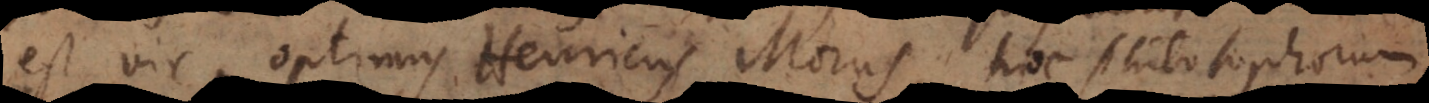
est vir optimus Henricus Morus, hoc philosophorum